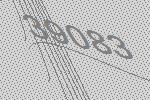
39083